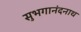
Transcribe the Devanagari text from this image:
सुभगानंदनाथ